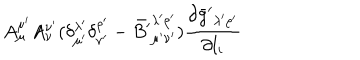
LaTeX: A _ { \mu } ^ { \mu ^ { \prime } } A _ { \nu } ^ { \nu ^ { \prime } } ( \delta _ { \mu ^ { \prime } } ^ { \lambda ^ { \prime } } \delta _ { \nu ^ { \prime } } ^ { \rho ^ { \prime } } - { \bar { B ^ { \prime } } } _ { \mu ^ { \prime } \nu ^ { \prime } } ^ { \lambda ^ { \prime } \rho ^ { \prime } } ) \frac { \partial { \bar { g } ^ { \prime } } _ { \lambda ^ { \prime } \rho ^ { \prime } } } { \partial l _ { i } }